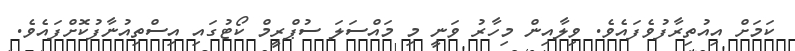
ކަމަށް އިއުތިރާފުވެފައެވެ. ވިލާއިން މިހާރު ވަނީ މި މައްސަލަ ސުޕްރީމް ކޯޓުގައި އިސްތިއުނާފުކޮށްފައެވެ.